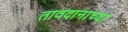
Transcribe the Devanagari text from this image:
तावदानाच्या